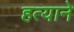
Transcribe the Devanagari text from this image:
हत्याने